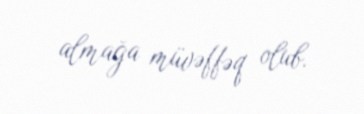
almağa müvəffəq olub.